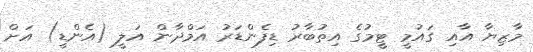
މާޒިޔާ އާއި ގައުމީ ޓީމުގެ އިތުބާރު ޑިފެންޑަރު އަމްދާން އަލީ (އެންޑީ) އަށް